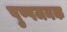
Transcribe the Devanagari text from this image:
पुष्पजनक